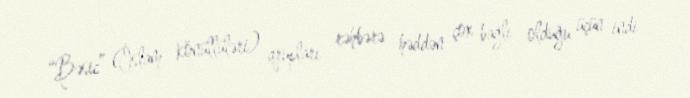
“Bəsic” (İslam könüllüləri) qrupları rəhbərə həddən çox bağlı olduğu üçün indi